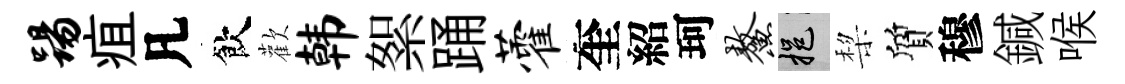
踢疽凡飲歡韩絮踊藿奎紹珂鳌挹棃質穆鍼喉